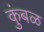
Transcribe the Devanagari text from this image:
कुंबळ